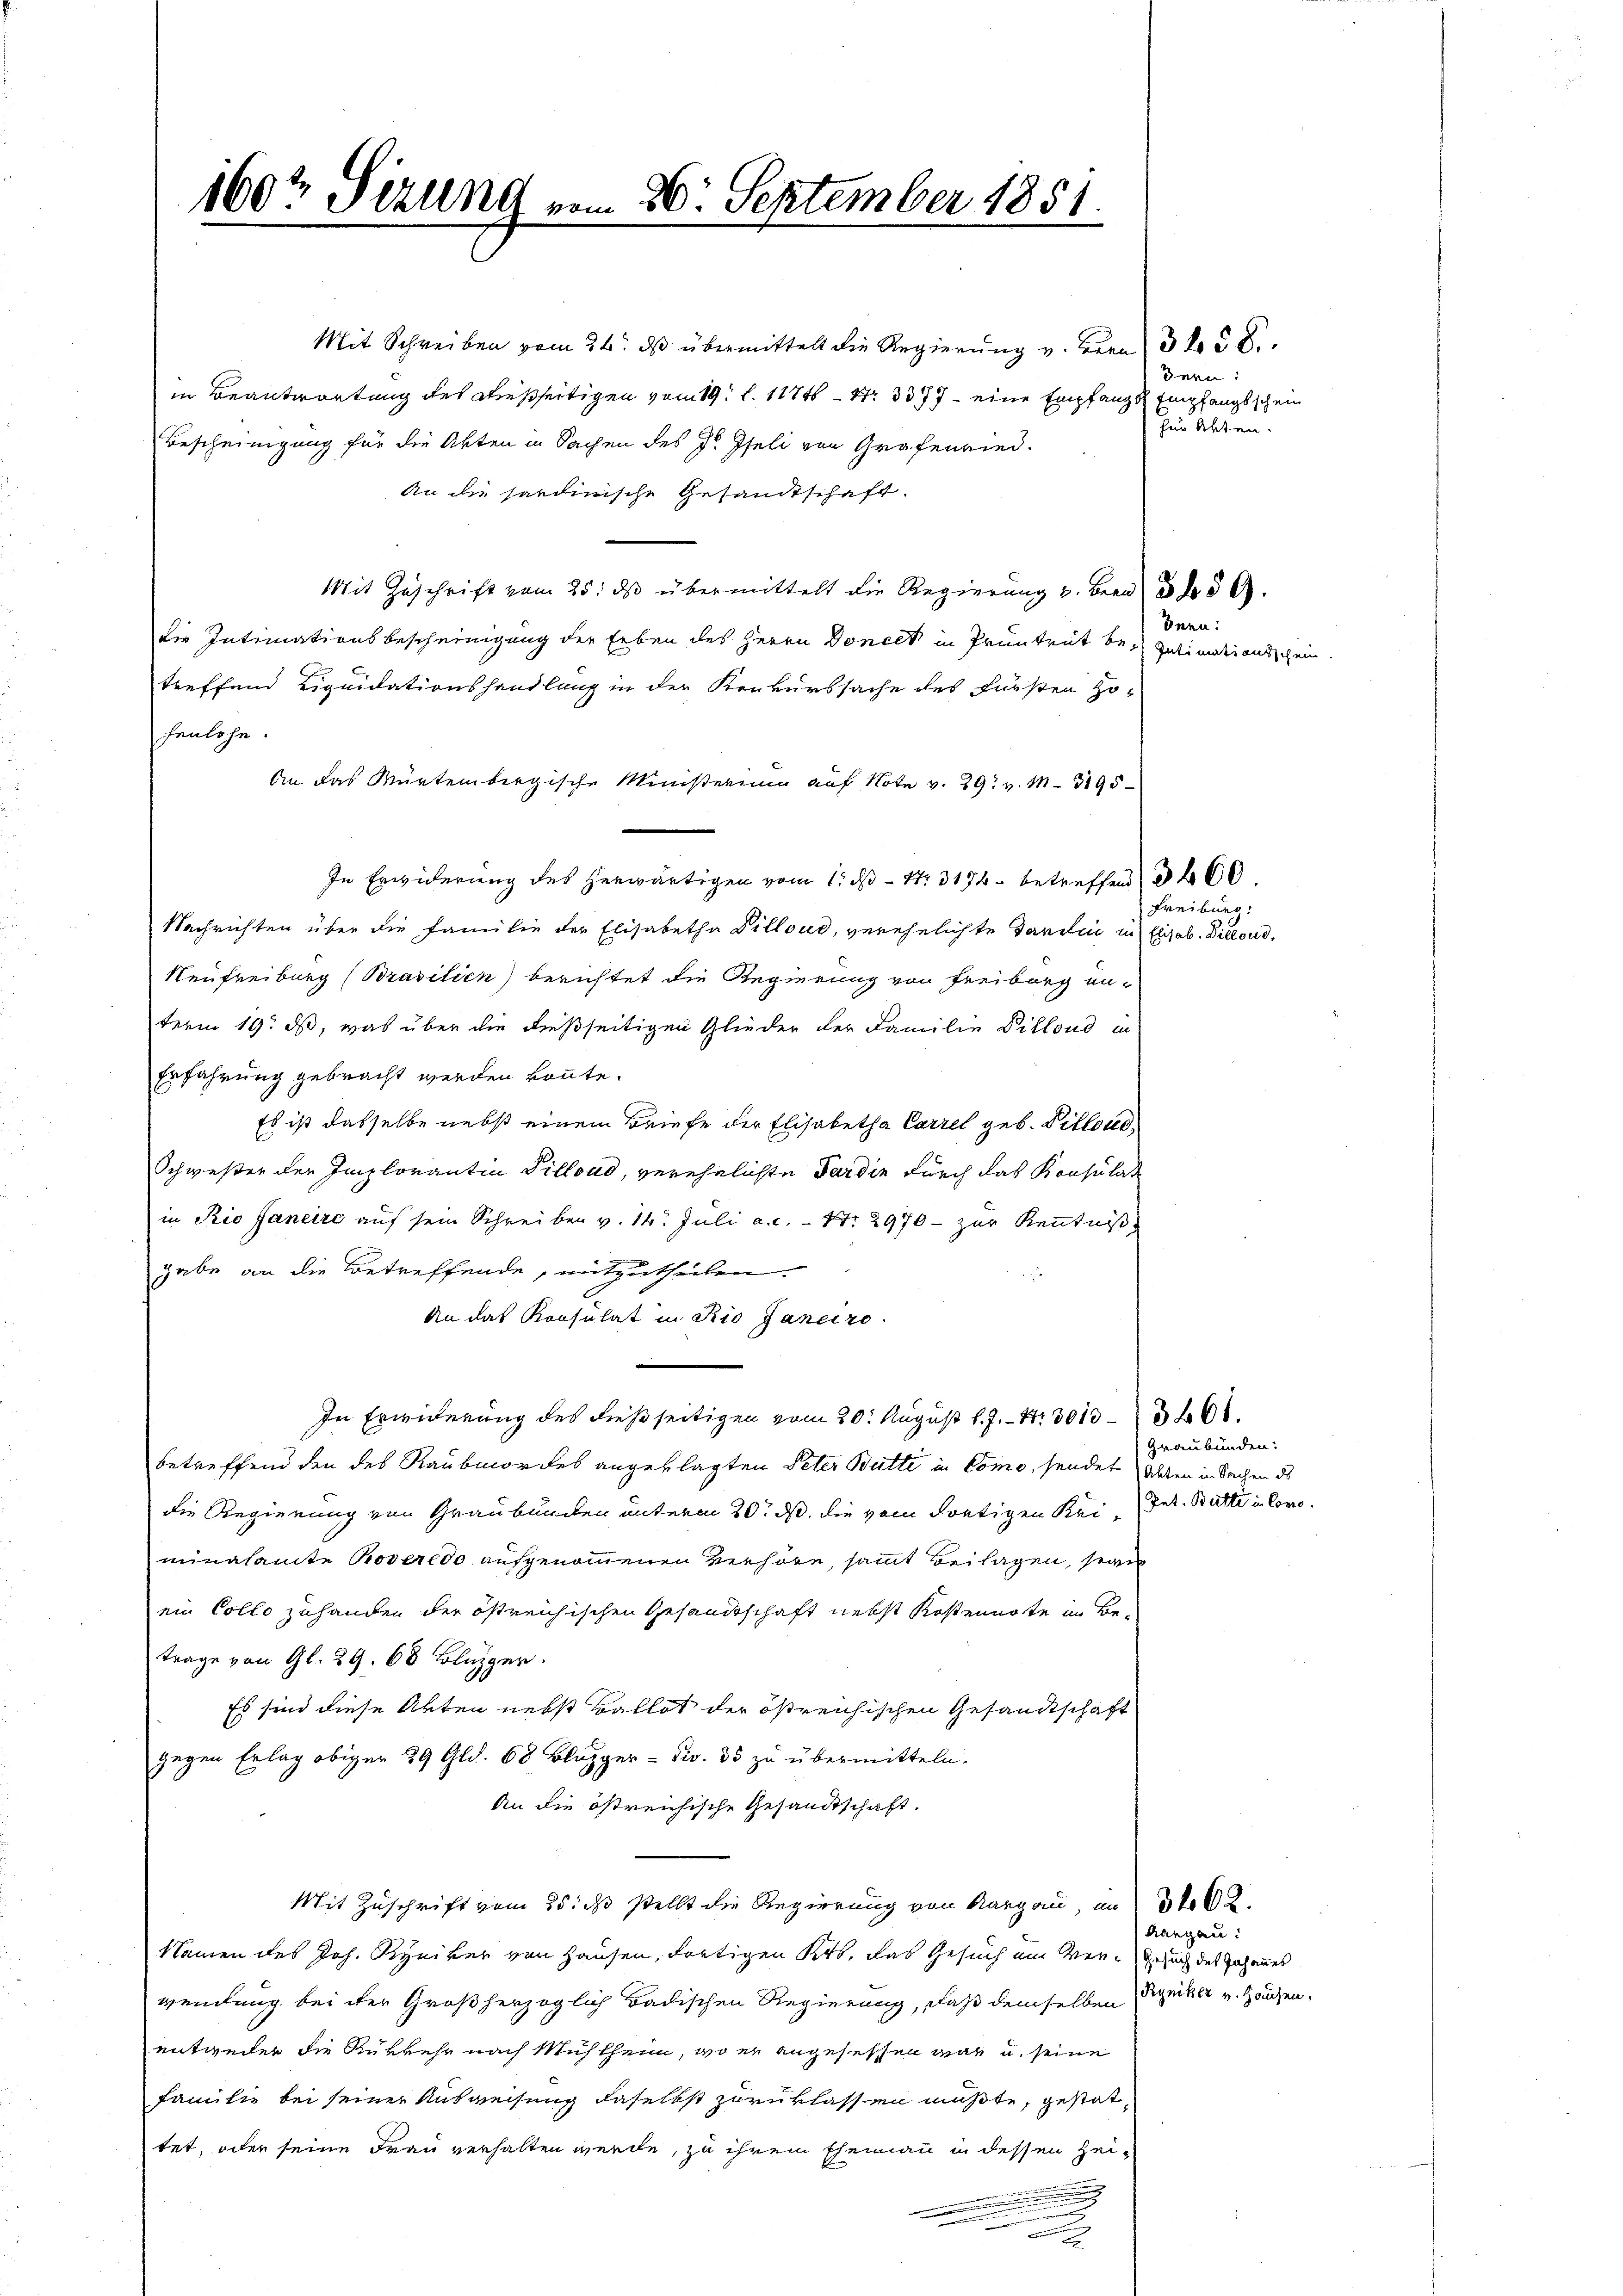
160t Sizung vom 26. September 1851.

Mit Schreiben vom 24. ds übermittelt die Regierung v. Bern 3 No 52.
in Beantwortung des dießseitigen vom 19. l. 11746 - 4. 3377 - eine Empfang & Empfangsschein
Bescheinigung für die Akten in Sachen des J. Iseli von Grafenried.
An die sardinische Gesandtschaft.
Mit Zuschrift vom 25. ds übermittelt die Regierung v. Bern der § 6.
eie Intimationsbescheinigung der Erben des Herrn Doneck in Pruntrut bei Intimatiendischen
treffend Liquidationshandlung in der Konkurssache des Fürsten Ho
henlohn.
An das Würtembergische Ministerium auf Note v. 29. v. M. 3195
In Erwiderung des herwärtigen vom 1. ds Nr. 3174 betreffend d
Nachrichten über die Familie der Elisabetha Dillond, verehelichte Sardi in
Neufreiburg (Brasilien) berichtet die Regierung von Freiburg un-
term 19. ds, was über die dießseitigen Glieder der Familie Dillond in
Erfahrung gebracht werden könnte.
Es ist dasselbe nebst einem Briefe der Elisabetha Carrel geb. Bittend
Schwester der Implorantin Villond, verehelichte Ferdin durch das Konsulat
in Rio Janeiro auf sein Schreiben v. 14. Juli a. c. – 17. 2970 - zur Kenntniß
gabe an die Betreffende, mitzutheilen.
An das Konsulat in Rio Janeiro
In Erwiderung des dießseitigen vom 20. August l. J. - 4. 301036.
betreffend den des Raubmordes angeklagten Peter Butte in Como, sendet alten in Sachen de
die Regierung von Graubünden unterm 20. ds. die vom dortigen Keiminalamte Proveredo aufgenommenen Verhöre, sammt Beilagen, sein
ein Collo zuhanden der östreichischen Gesandtschaft nebst Kostennote im Be-
trage von Gl. 29. 68 Bluzger.
Es sind diese Arten nebst Ballot der östreichischen Gesandtschaft
gegen Erlag obiger 29 Gld. 68 Bluzger - Siv. 35 zu übermitteln.
An die östreichische Gesandtschaft.
Mit Zuschrift vom 25. ds stellt die Regierung von Aargau, in 540
Namen des Joh. Kyniker von Hausen, dortigen Krb. das Gesuch ein Ver- Gesuch des Johannes
wendung bei der Großherzoglich Badischen Regierung, daß demselben Ryniker v. Hausen,
entweder die Rükkehr nach Mühlheim, wo er angesessen war u. seine
Familie bei seiner Ausweisung daselbst zurüklassen müßte, gestattet, oder seine Frau verhalten werde, zu ihrem Ehemann in dessen Hei¬
.

Bern:
) für Akten.

Innn:

3460.
reiburg,
isab. Dieloud.

Graubünden:
Pet. Batte in Como.

Aargau: